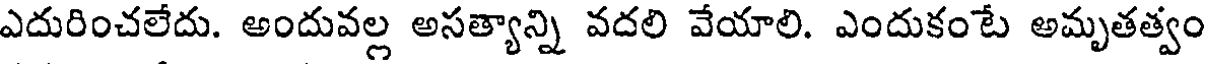
ఎదురించలేదు. అందువల్ల అసత్యాన్ని వదలి వేయాలి. ఎందుకంటే అమృతత్వం